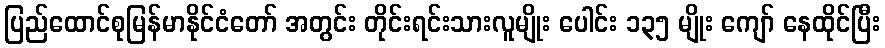
ပြည်ထောင်စုမြန်မာနိုင်ငံတော် အတွင်း တိုင်းရင်းသားလူမျိုး ပေါင်း ၁၃၅ မျိုး ကျော် နေထိုင်ပြီး